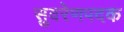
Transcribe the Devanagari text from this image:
सुवरेणपदक